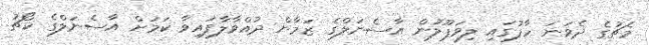
މެޗުގެ ދެވަނަަ ހާފުގައި ލިވަޕޫލުން އާސެނަލްގެ ޒަމާން ދުއްވާލާފައިވާ ކަމަށް އާސެނަލްގެ ކޯޗު